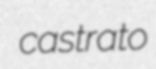
castrato